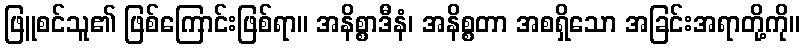
ဖြူစင်သူ၏ ဖြစ်ကြောင်းဖြစ်ရာ။ အနိစ္စာဒီနံ၊ အနိစ္စတာ အစရှိသော အခြင်းအရာတို့ကို။